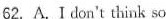
62. A.Ⅰ don't think so